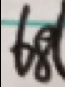
6 8 (